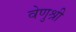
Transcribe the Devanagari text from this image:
वेणुश्री